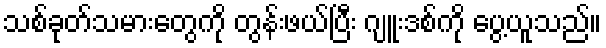
သစ်ခုတ်သမားတွေကို တွန်းဖယ်ပြီး ဂျူးဒစ်ကို ပွေ့ယူသည်။